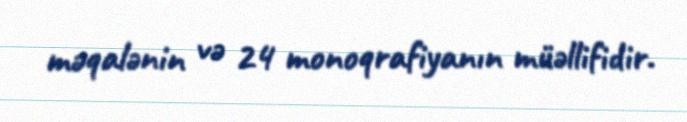
məqalənin və 24 monoqrafiyanın müəllifidir.